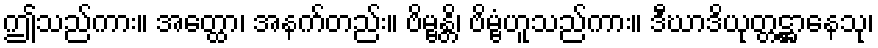
ဤသည်ကား။ အတ္ထော၊ အနက်တည်း။ ဗိမ္ဗန္တိ၊ ဗိမ္ဗံဟူသည်ကား။ ဒီဃာဒိယုတ္တဋ္ဌာနေသု၊